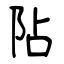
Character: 阽